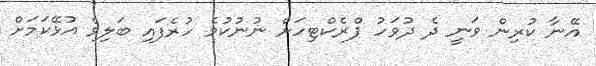
އޭނާ ކުރިން ވަނީ ދެ ދުވަހު ޕްރެކްޓިހަށް ނުނުކުމެ ހުރެފައި ބަލިވެ އުޅޭކަމަށް